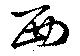
西